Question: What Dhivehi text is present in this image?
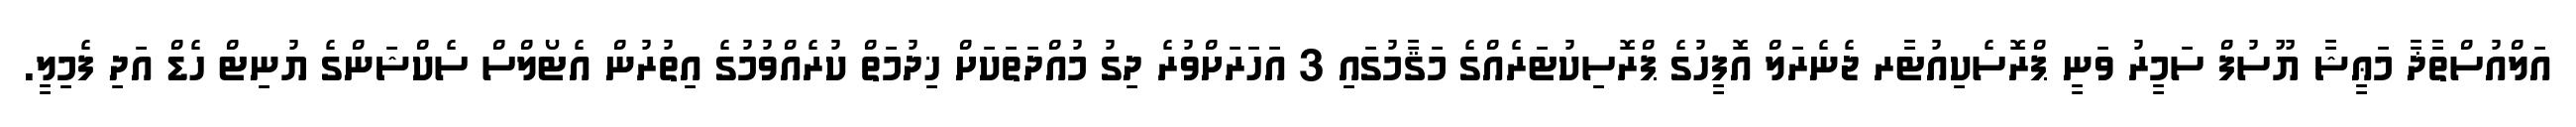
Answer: އަލްއުސްތާޛާ މަޢީޝާ ޔޫސުފް ސަމީރު ވަނީ ޕްރޮސެކިއުޓާރ ޖެނެރަލް އޮފީހުގެ ޕްރޮސިކުޓަރެއްގެ މަޤާމުގައި 3 އަހަރަށްވުރެ ދިގު މުއްދަތަކަށް ޚިދުމަތް ކުރެއްވުމުގެ އިތުރުން އެޓޯލްސް ސެކްޝަންގެ ޔުނިޓް ހެޑް އަދި ފެމިލީ.